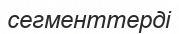
сегменттерді